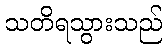
သတိရသွားသည်